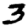
Digit: 3